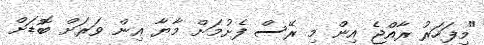
"މިފަހަރު ރާއްޖެ އިން މި ރޭސް ފެށުމަށް މާޔާ އިން ވަރަށް ބޮޑަށް